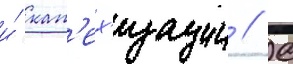
и́ кат'ех'изации // С